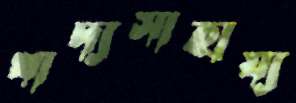
খাদ্যসাহায্য